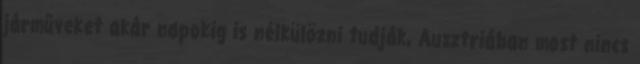
járműveket akár napokig is nélkülözni tudják, Ausztriában most nincs